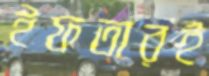
ইফতারই